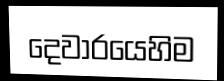
දෙවාරයෙහිම